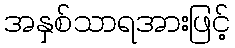
အနှစ်သာရအားဖြင့်